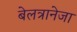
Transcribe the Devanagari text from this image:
बेलत्रानेजा